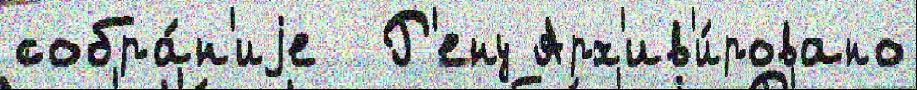
собра́н'иjе  Р'ену Арх'ив'и́ровано